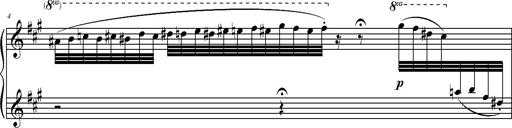
Title: 2 LÃ©gendes
Composer: Franz Liszt